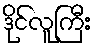
ဒိုင်လူကြီး